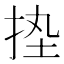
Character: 𢬋